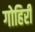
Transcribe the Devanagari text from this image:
गोहिरी